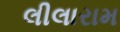
લીલારામ